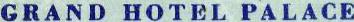
GRAND HOTEL PALACE